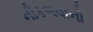
નીકળવાનો